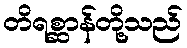
တိရစ္ဆာန်တို့သည်